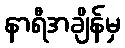
နာရီအချိန်မှ